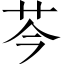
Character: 芩